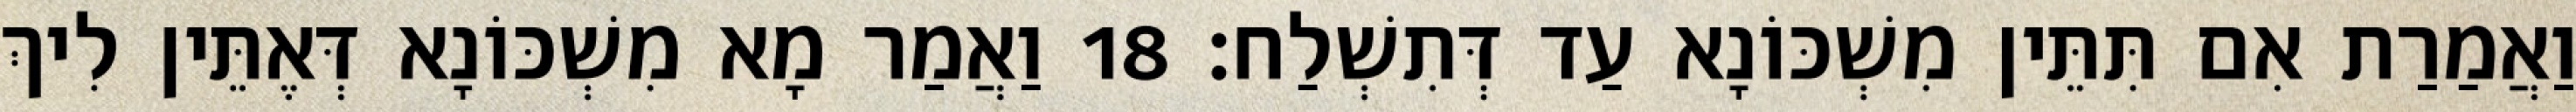
וַאֲמַרַת אִם תִּתֵּין מִשְׁכּוֹנָא עַד דְּתִשְׁלַח׃ 18 וַאֲמַר מָא מִשְׁכּוֹנָא דְּאֶתֵּין לִיךְ